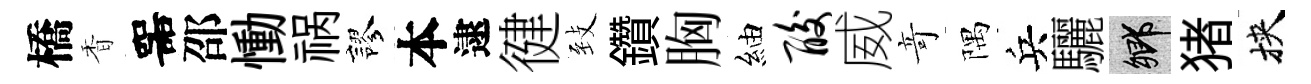
橋香噐邵慟祸謬本逮徤𦤺鑽胸紬酸威竒隅兵驪鄉猪挾